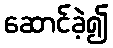
ဆောင်ခဲ့၍